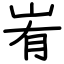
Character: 峟